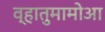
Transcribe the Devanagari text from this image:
व्हातुमामोआ